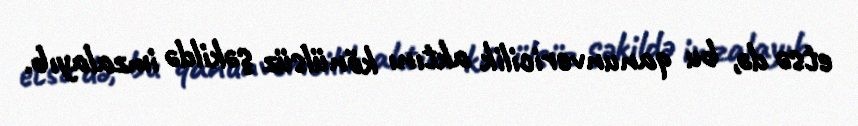
etsə də, bu qanunvericilik aktını könülsüz şəkildə imzalayıb.